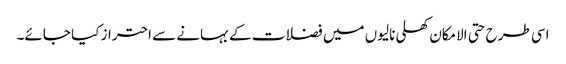
اسی طرح حتی الامکان کھلی نالیوں میں فضلات کے بہانے سے احتراز کیا جائے۔